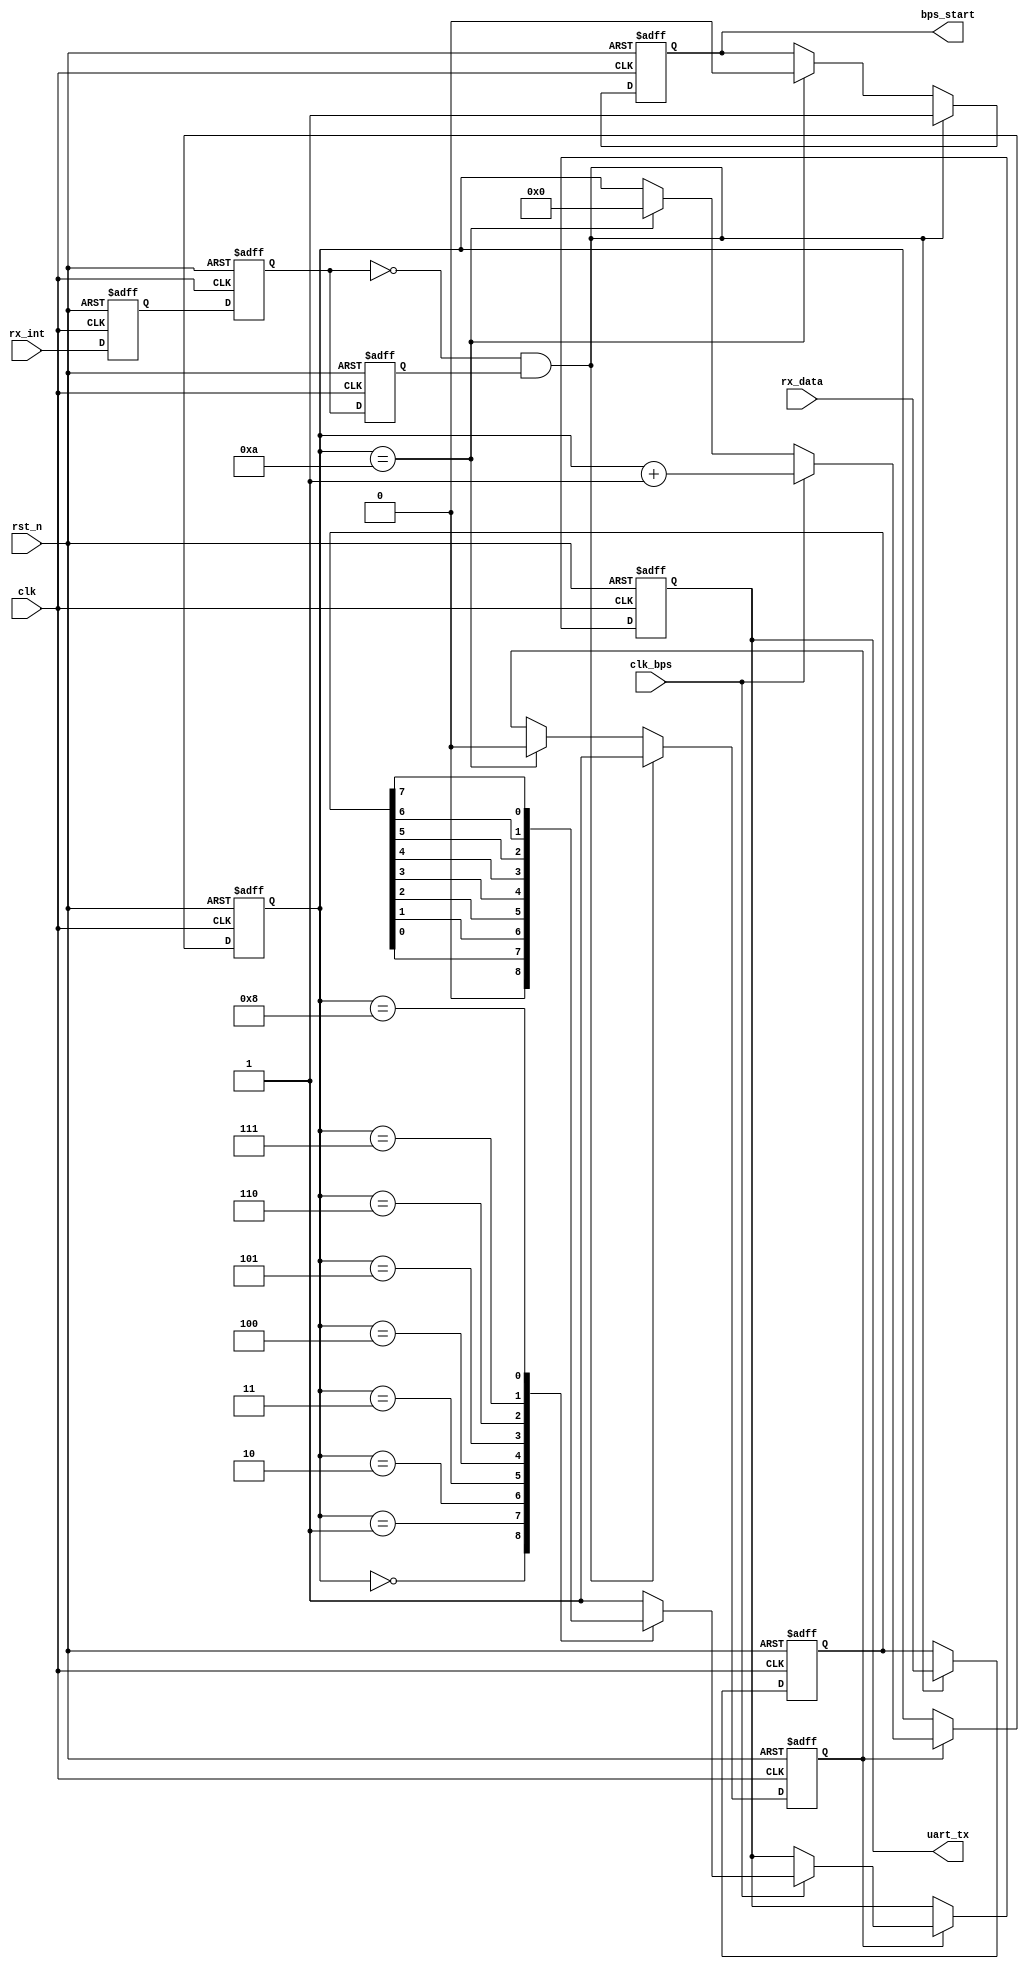
module my_uart_tx
(
	input			clk,
	input			rst_n,
	input	[7:0]	rx_data,
	input			rx_int,
	output			uart_tx,
	input			clk_bps,
	output			bps_start
);

//---------------------------------------------------------
reg 	rx_int0,rx_int1,rx_int2;	//rx_int
wire 	neg_rx_int;					//rx_int

always @ (posedge clk or negedge rst_n)
begin 
	if(!rst_n) 
    begin
		rx_int0 <= 1'b0;
		rx_int1 <= 1'b0;
		rx_int2 <= 1'b0;
	end
	else 
    begin
		rx_int0 <= rx_int;
		rx_int1 <= rx_int0;
		rx_int2 <= rx_int1;
	end
end

assign neg_rx_int =  ~rx_int1 & rx_int2;	//neg_rx_int

//---------------------------------------------------------
reg	[7:0] 	tx_data;		//
reg 		bps_start_r;
reg 		tx_en;			//
reg	[3:0] 	num;

always @ (posedge clk or negedge rst_n)
begin 
	if(!rst_n) 
    begin
		bps_start_r <= 1'bz;
		tx_en 		<= 1'b0;
		tx_data 	<= 8'd0;
	end
	else if(neg_rx_int) 
    begin		                    //
		bps_start_r <= 1'b1;
		tx_data 	<= rx_data;		//
		tx_en 		<= 1'b1;		//
	end
	else if(num == 4'd10) 
    begin		                    //
		bps_start_r <= 1'b0;
		tx_en		<= 1'b0;
	end
end

assign bps_start = bps_start_r;

//---------------------------------------------------------
reg uart_tx_r;

always @ (posedge clk or negedge rst_n)
begin
	if(!rst_n) 
    begin
		num 		<= 4'd0;
		uart_tx_r 	<= 1'b1;
	end
	else if(tx_en) 
    begin
		if(clk_bps)	
        begin
			num <= num+1'b1;
			case (num)
				4'd0: uart_tx_r <= 1'b0; 		//
				4'd1: uart_tx_r <= tx_data[0];	//bit0
				4'd2: uart_tx_r <= tx_data[1];	//bit1
				4'd3: uart_tx_r <= tx_data[2];	//bit2
				4'd4: uart_tx_r <= tx_data[3];	//bit3
				4'd5: uart_tx_r <= tx_data[4];	//bit4
				4'd6: uart_tx_r <= tx_data[5];	//bit5
				4'd7: uart_tx_r <= tx_data[6];	//bit6
				4'd8: uart_tx_r <= tx_data[7];	//bit7
				4'd9: uart_tx_r <= 1'b1;		//
			 	default: uart_tx_r <= 1'b1;
			endcase
		end
		else if(num == 4'd10)
                num <= 4'd0;		
	end
end

assign uart_tx = uart_tx_r;

endmodule